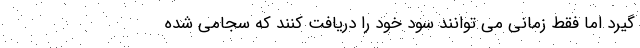
گیرد اما فقط زمانی می توانند سود خود را دریافت کنند که سجامی شده